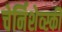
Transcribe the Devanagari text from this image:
चेर्निशेव्स्की